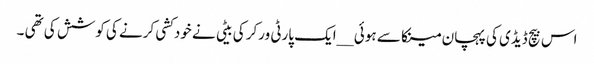
اس بیچ ڈیڈی کی پہچان مینکا سے ہوئی __ایک پارٹی ورکر کی بیٹی نے خودکشی کرنے کی کوشش کی تھی ۔